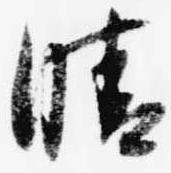
晴